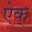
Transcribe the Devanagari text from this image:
ऐक्